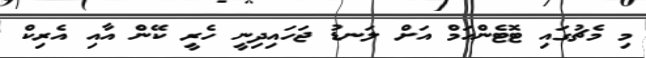
މި މެޗުގައި ޓޮޓެންހަމް އަށް ލަނޑު ޖަހައިދިނީ ހެރީ ކޭން އާއި އެރިކް